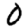
Digit: 0